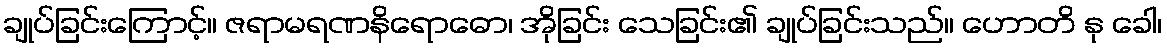
ချုပ်ခြင်းကြောင့်။ ဇရာမရဏနိရောဓော၊ အိုခြင်း သေခြင်း၏ ချုပ်ခြင်းသည်။ ဟောတိ နု ခေါ၊